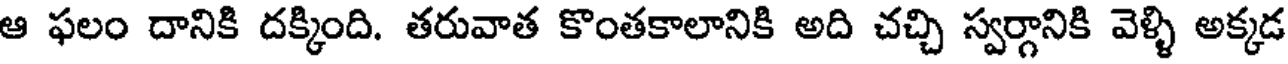
ఆ ఫలం దానికి దక్కింది. తరువాత కొంతకాలానికి అది చచ్చి స్వర్గానికి వెళ్ళి అక్కడ